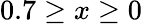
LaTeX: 0.7\geq x\geq 0